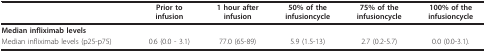
<table><thead><tr><td></td><td><b>Prior toinfusion</b></td><td><b>1 hour afterinfusion</b></td><td><b>50% of theinfusioncycle</b></td><td><b>75% of theinfusioncycle</b></td><td><b>100% of theinfusioncycle</b></td></tr></thead><tbody><tr><td colspan="6"><b>Median infliximab levels</b></td></tr><tr><td>Median infliximab levels (p25-p75)</td><td>0.6 (0.0 - 3.1)</td><td>77.0 (65-89)</td><td>5.9 (1.5-13)</td><td>2.7 (0.2-5.7)</td><td>0.0 (0.0-3.1).</td></tr></tbody></table>